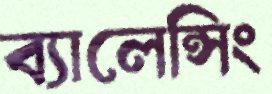
ব্যালেন্সিং